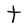
Character: t